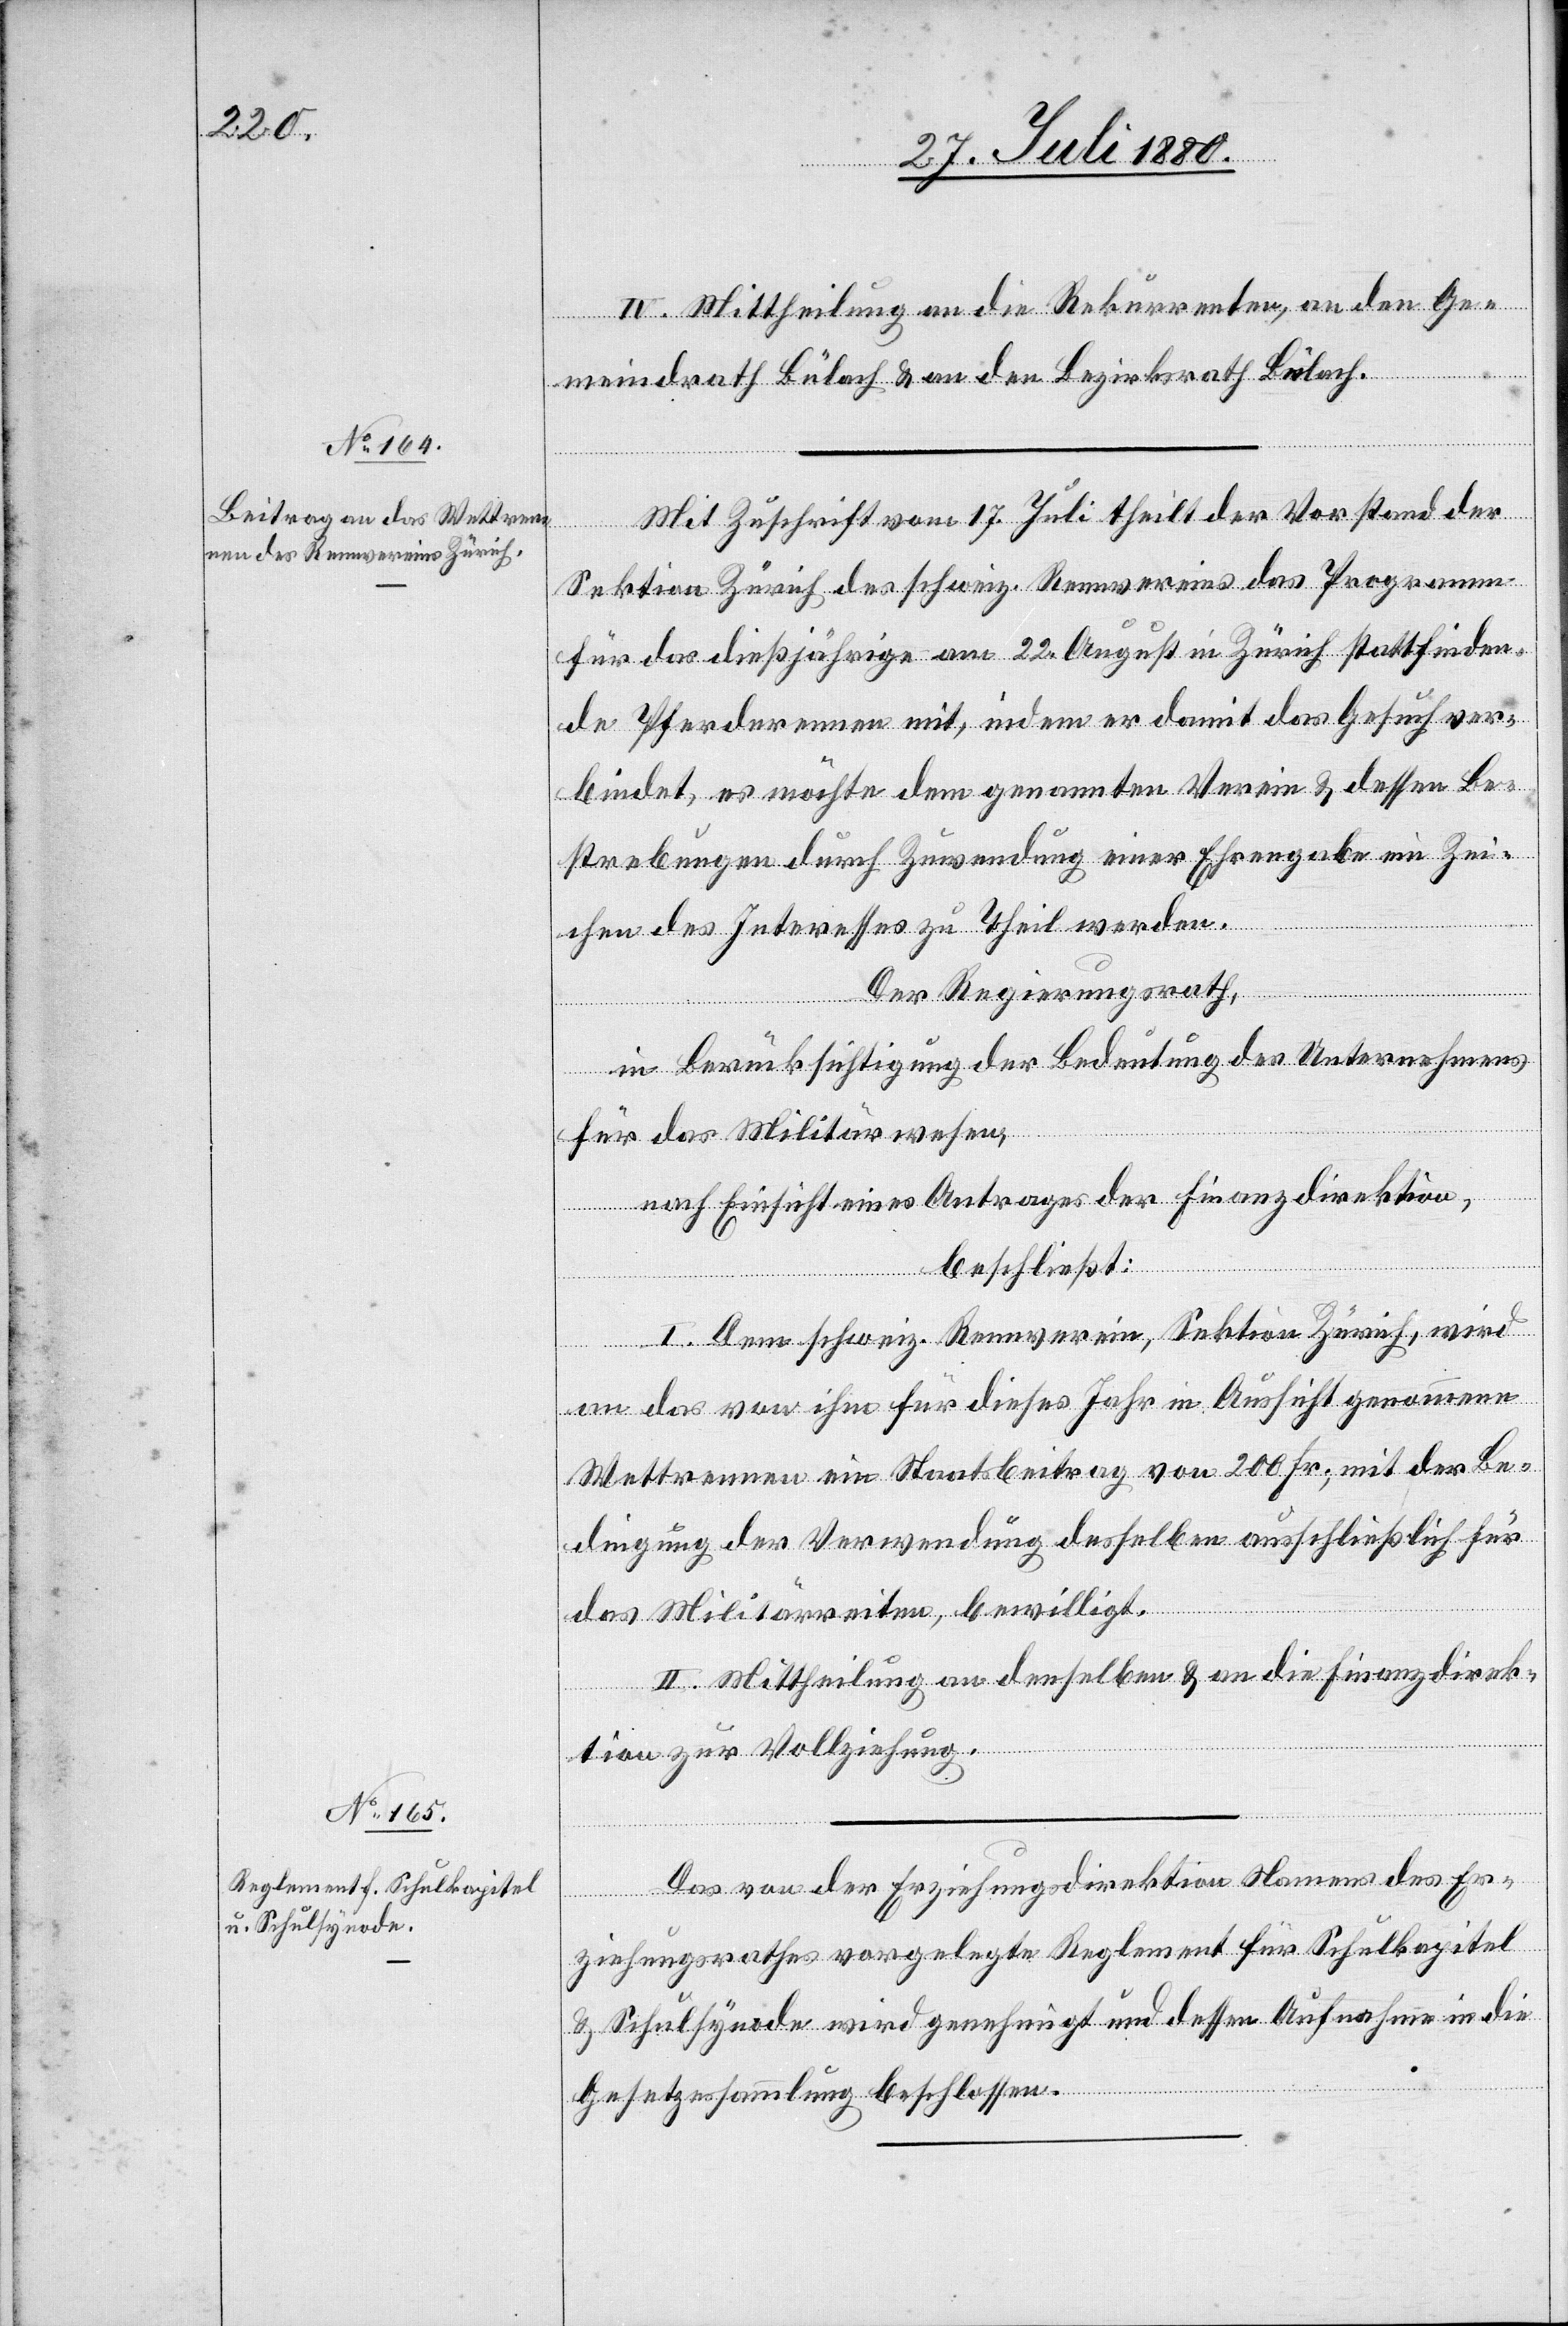
IV. Mittheilung an die Rekurrenten, an den Ge¬
meindrath Bülach & an den Bezirksrath Bülach.
Mit Zuschrift vom 17. Juli theilt der Vorstand der
Sektion Zürich des schweiz. Rennvereins das Programm
für das dießjährige am 22. August in Zürich stattfinden¬
de Pferderennen mit, indem er damit das Gesuch ver¬
bindet, es möchte dem genannten Verein & dessen Be¬
strebungen durch Zuwendung einer Ehrengabe ein Zei¬
chen des Interesses zu Theil werden.
Der Regierungsrath,
in Berücksichtigung der Bedeutung des Unternehmens
für das Militärwesen,
nach Einsicht eines Antrages der Finanzdirektion
beschließt:
I. Dem schweiz. Rennverein, Sektion Zürich, wird
an das von ihm für dieses Jahr in Aussicht genommenen
Wettrennen ein Staatsbeitrag von 200 Fr., mit der Be¬
dingung der Verwendung desselben ausschließlich für
das Militärreiten, bewilligt.
II. Mittheilung an denselben & an die Finanzdirek¬
tion zur Vollziehung.
Das von der Erziehungsdirektion Namens des Er¬
ziehungsrathes vorgelegte Reglement für Schulkapitel
& Schulsynode wird genehmigt und dessen Aufnahme in die
Gesetzessammlung beschlossen.